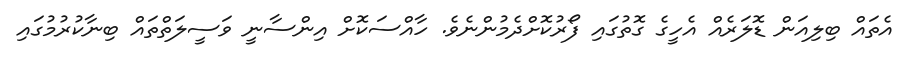
އެތައް ބިލިއަން ޑޮލަރެއް އެހީގެ ގޮތުގައި ފޯރުކޮށްދެމުންނެވެ. ހާއްސަކޮށް އިންސާނީ ވަސީލަތްތައް ބިނާކުރުމުގައި